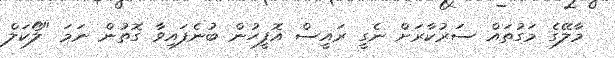
މާލޭގެ މަގުތައް ސަރުކާރަށް ނެގީ ރައީސް އޮފީހުން ބުނެފައިވާ ގޮތުން ނަމަ "ލޯކަލް